Causation and prevention of malarial fevers: a statement of the results of researches drawn up for the use of assistant surgeons, hospital assistants and students
Disease focus: Malaria
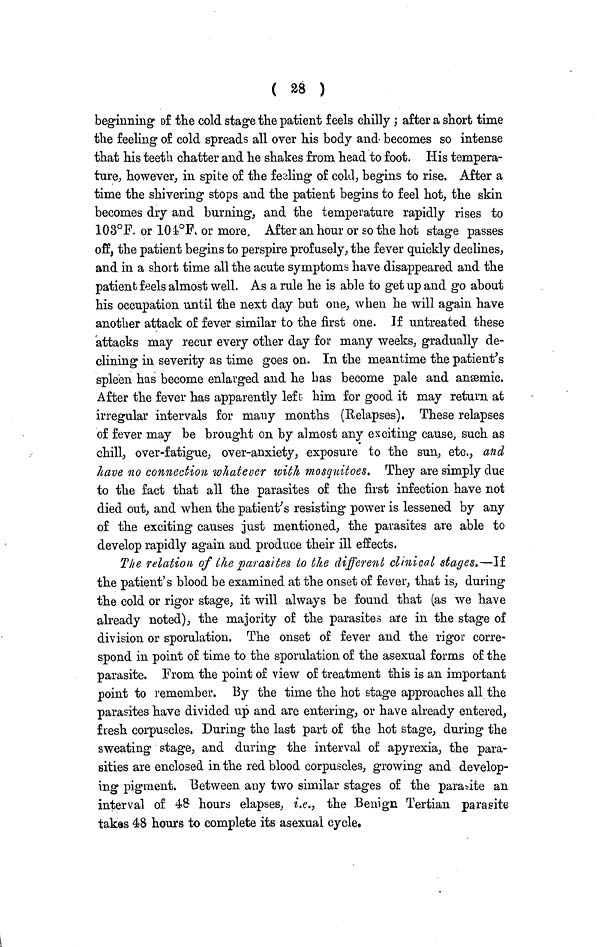
( 28 )
beginning of the cold stage the patient feels chilly; after a short time
the feeling of cold spreads all over his body and becomes so intense
that his teeth chatter and he shakes from head to foot. His tempera-
ture; however, in spite of the feeling of cold, begins to rise. After a
time the shivering stops and the patient begins to feel hot, the skin
becomes dry and burning, and the temperature rapidly rises to
103°F. or 104°F or more. After an hour or so the hot stage passes
off, the patient begins to perspire profusely, the fever quickly declines,
and in a short time all the acute symptoms have disappeared and the
patient feels almost well. As a rule he is able to get up and go about
his occupation until the next day but one, when he will again have
another attack of fever similar to the first one. If untreated these
attacks may recur every other day for many weeks, gradually de-
clining in severity as time goes on. In the meantime the patient's
spleen has become enlarged and he has become pale and anæmic.
After the fever has apparently left him for good it may return at
irregular intervals for many months (Relapses). These relapses
of fever may be brought on by almost any exciting cause, such as
chill, over-fatigue, over-anxiety, exposure to the sun, etc., and
have no connection whatever with mosquitoes. They are simply due
to the fact that all the parasites of the first infection have not
died out, and when the patient's resisting power is lessened by any
of the exciting causes just mentioned, the parasites are able to
develop rapidly again and produce their ill effects,
The relation of the parasites to the different clinical stages.—If
the patient's blood be examined at the onset of fever, that is, during
the cold or rigor stage, it will always be found that (as we have
already noted), the majority of the parasites are in the stage of
division or sporulation. The onset of fever and the rigor corre-
spond in point of time to the sporulation of the asexual forms of the
parasite. From the point of view of treatment this is an important
point to remember. By the time the hot stage approaches all the
parasites have divided up and are entering, or have already entered,
fresh corpuscles. During the last part of the hot stage, during the
sweating stage, and during the interval of apyrexia, the para-
sities are enclosed in the red blood corpuscles, growing and develop-
ing pigment. Between any two similar stages of the parasite an
interval of 48 hours elapses, i.e., the Benign Tertian parasite
takes 48 hours to complete its asexual cycle.